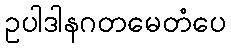
ဥပါဒါနဂတမေတံပေ